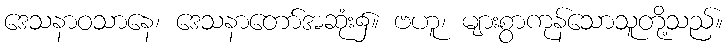
ဒေသနာဝသာနေ၊ ဒေသနာတော်အဆုံး၌။ ဗဟူ၊ များစွာကုန်သောသူတို့သည်။